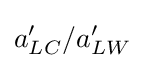
a'_{LC}/a'_{LW}